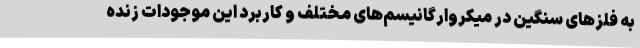
به فلزهای سنگین در میکروارگانیسم‌های مختلف و کاربرد این موجودات زنده